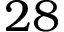
2 8